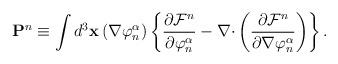
LaTeX: \begin{align*}\mathbf{P}^n\equiv \int d^3\mathbf{x}\left( \nabla \varphi _n^\alpha \right)\left\{ \frac{\partial \mathcal{F}^n}{\partial \varphi _n^\alpha }-\nabla \mathbf{\cdot }\left( \frac{\partial \mathcal{F}^n}{\partial \nabla \varphi_n^\alpha }\right) \right\} . \end{align*}